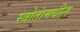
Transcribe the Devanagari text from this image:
स्त्रोतांमधील